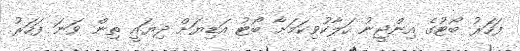
ފަހަރު ބޯޓުގެ އިންޖީނު ހަލާކުވިކަމަށާ ބޯޓު އަޑިޔަށް ދިޔައީ ތިން ވަނަ ފަހަރު